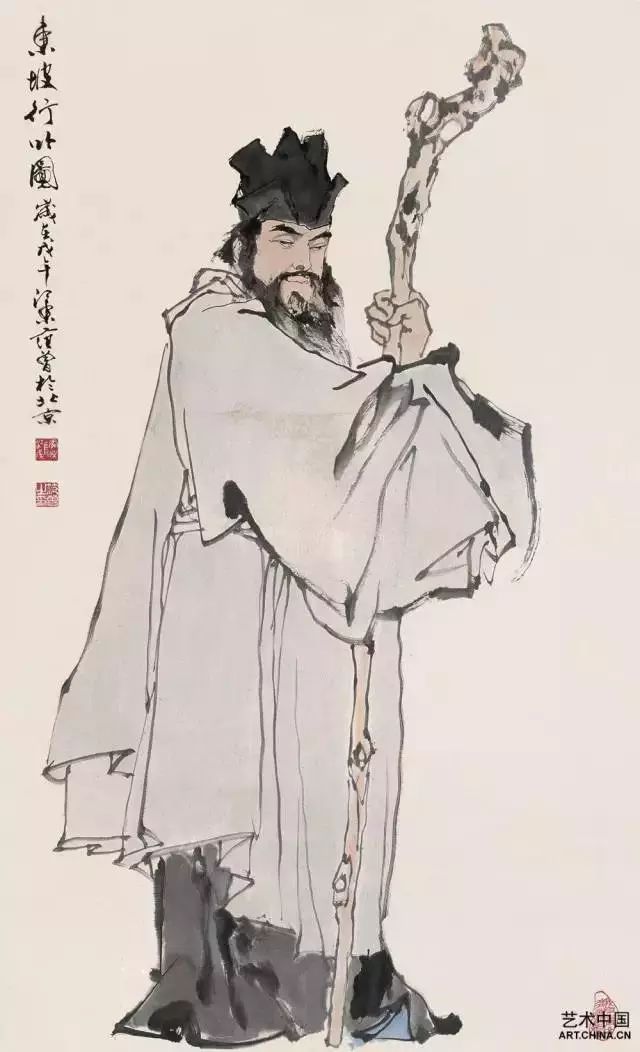
父在，观其志父没，观其行三年无改于父之道，可谓孝矣。